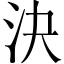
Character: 決